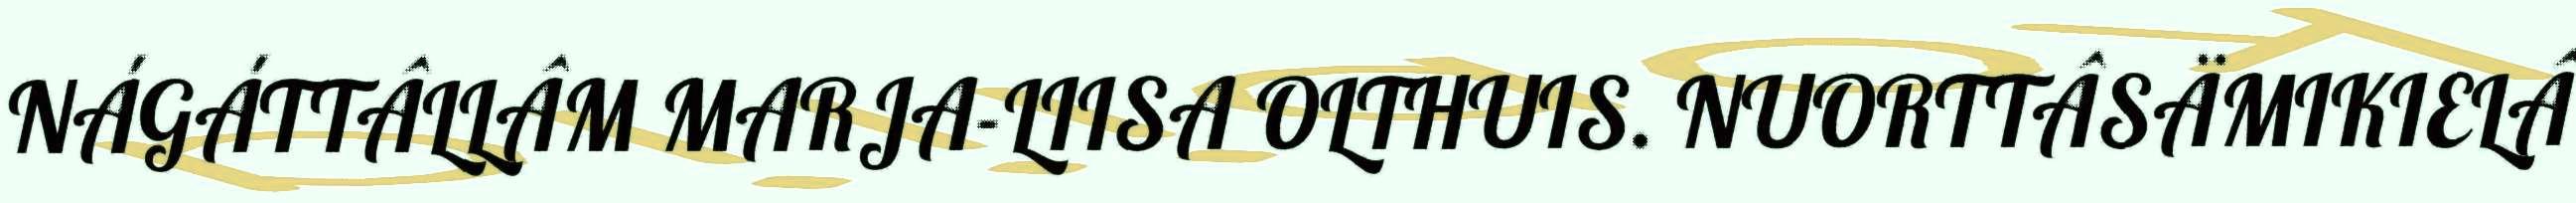
NÁGÁTTÂLLÂM MARJA-LIISA OLTHUIS. NUORTTÂSÄMIKIELÂ